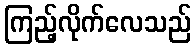
ကြည့်လိုက်လေသည်